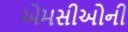
એમસીઓની